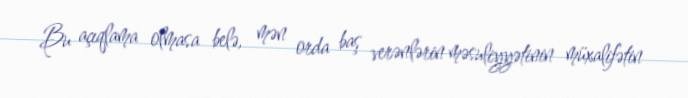
Bu açıqlama olmasa belə, mən orda baş verənlərin məsuliyyətinin müxalifətin